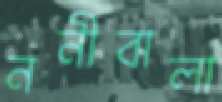
ননীবালা